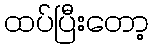
ထပ်ပြီးတော့